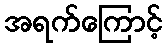
အရက်ကြောင့်